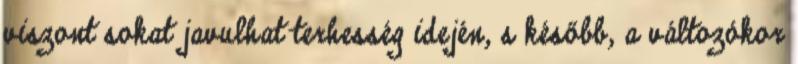
viszont sokat javulhat terhesség idején, s később, a változókor